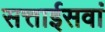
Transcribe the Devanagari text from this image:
सत्ताईसवां